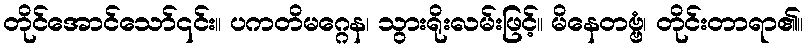
တိုင်အောင်သော်၎င်း။ ပကတိမဂ္ဂေန၊ သွားရိုးလမ်းဖြင့်။ မိနေတဗ္ဗံ၊ တိုင်းတာရာ၏။